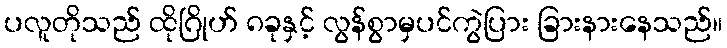
ပလူတိုသည် ထိုဂြိုဟ် ၈ခုနှင့် လွန်စွာမှပင်ကွဲပြား ခြားနားနေသည်။